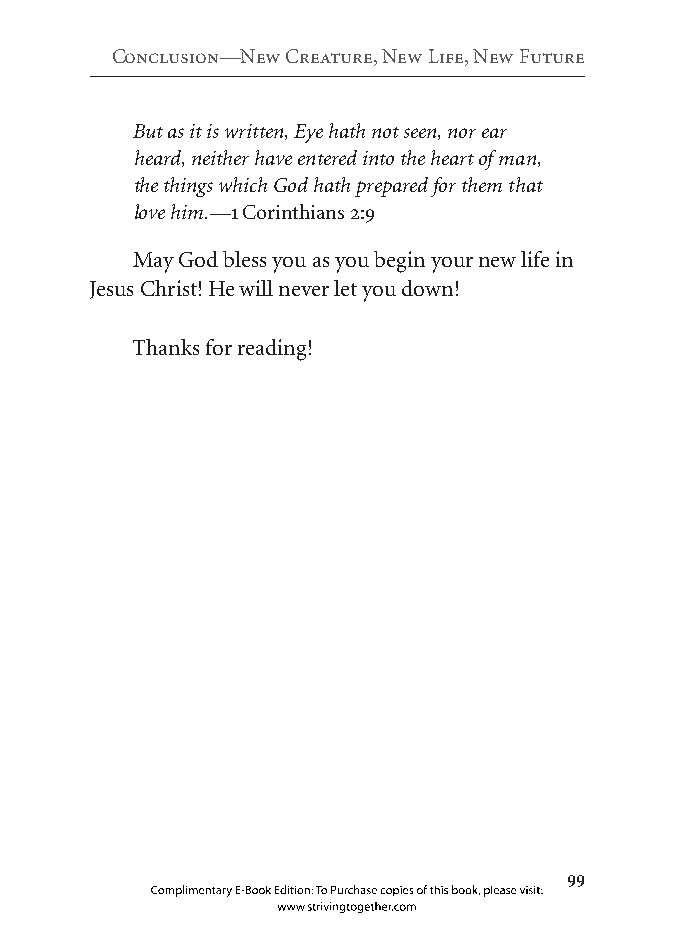
Conclusion—new Creature, new life, new future
 But as it is written, Eye hath not seen, nor ear
 heard, neither have entered into the heart of man,
 the things which God hath prepared for them that
 love him.—1 Corinthians 2:9
 May God bless you as you begin your new life in
 Jesus Christ! He will never let you down!
 Thanks for reading!
 
 Complimentary E-Book Edition: To Purchase copies of this book, please visit:
 www.strivingtogether.com